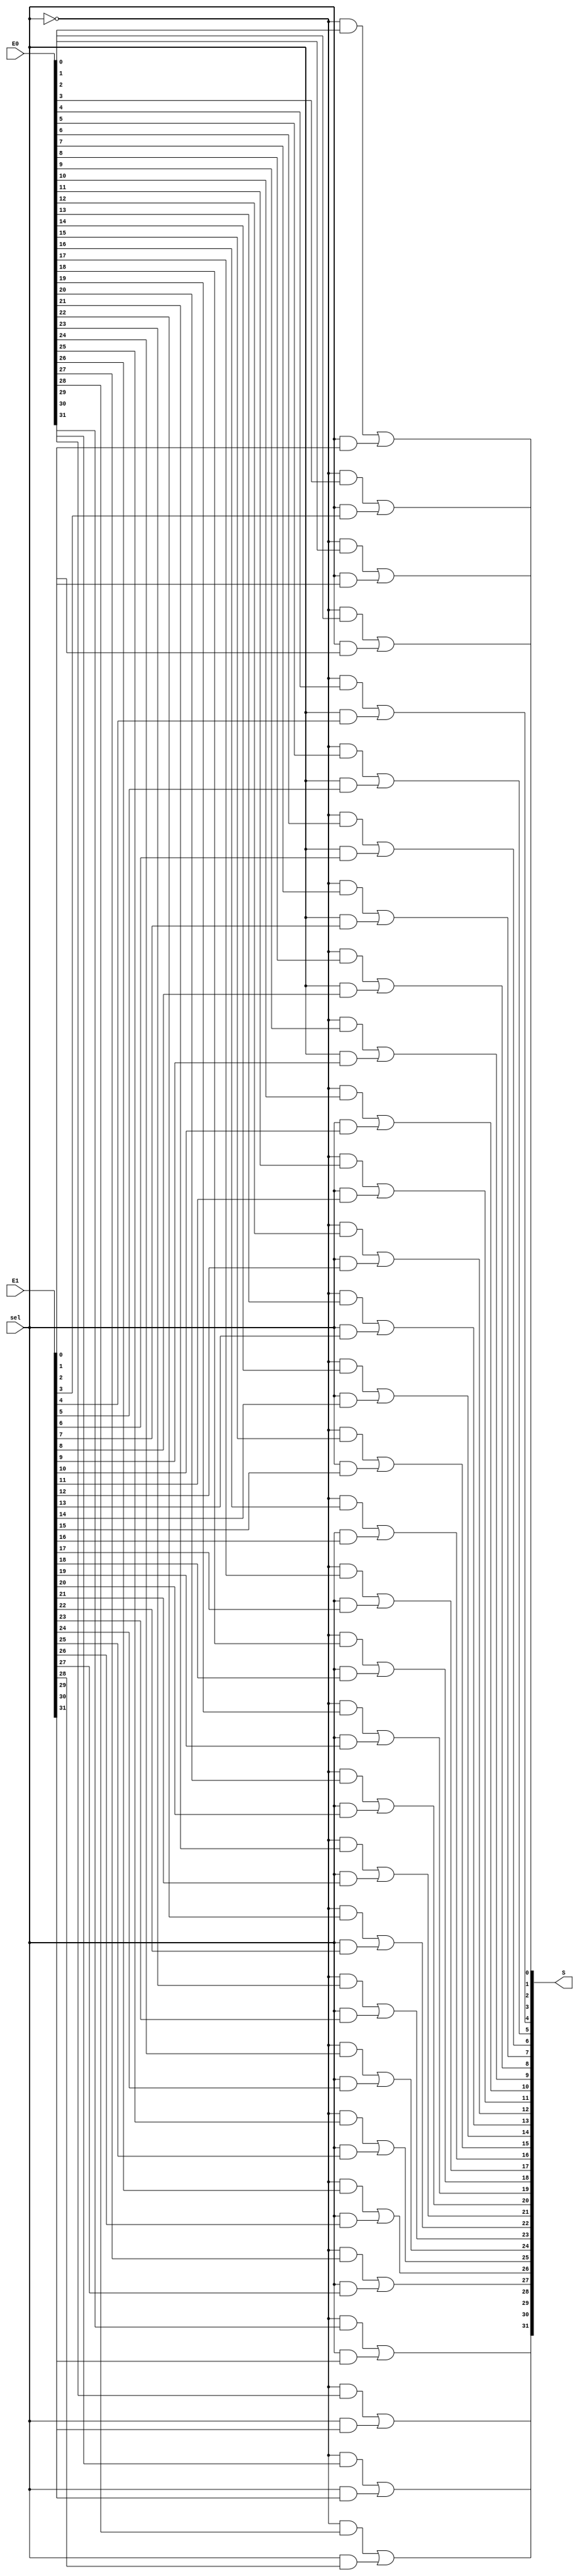
module muxAluSrcA (sel, S, E0, E1);


input [0:0]sel;
input [31:0]E0;
input [31:0]E1;
output [31:0]S;


assign S[0] = (((~sel[0] ) & E0[0]) | ((sel[0] ) & E1[0]));
assign S[1] = (((~sel[0] ) & E0[1]) | ((sel[0] ) & E1[1]));
assign S[2] = (((~sel[0] ) & E0[2]) | ((sel[0] ) & E1[2]));
assign S[3] = (((~sel[0] ) & E0[3]) | ((sel[0] ) & E1[3]));
assign S[4] = (((~sel[0] ) & E0[4]) | ((sel[0] ) & E1[4]));
assign S[5] = (((~sel[0] ) & E0[5]) | ((sel[0] ) & E1[5]));
assign S[6] = (((~sel[0] ) & E0[6]) | ((sel[0] ) & E1[6]));
assign S[7] = (((~sel[0] ) & E0[7]) | ((sel[0] ) & E1[7]));
assign S[8] = (((~sel[0] ) & E0[8]) | ((sel[0] ) & E1[8]));
assign S[9] = (((~sel[0] ) & E0[9]) | ((sel[0] ) & E1[9]));
assign S[10] = (((~sel[0] ) & E0[10]) | ((sel[0] ) & E1[10]));
assign S[11] = (((~sel[0] ) & E0[11]) | ((sel[0] ) & E1[11]));
assign S[12] = (((~sel[0] ) & E0[12]) | ((sel[0] ) & E1[12]));
assign S[13] = (((~sel[0] ) & E0[13]) | ((sel[0] ) & E1[13]));
assign S[14] = (((~sel[0] ) & E0[14]) | ((sel[0] ) & E1[14]));
assign S[15] = (((~sel[0] ) & E0[15]) | ((sel[0] ) & E1[15]));
assign S[16] = (((~sel[0] ) & E0[16]) | ((sel[0] ) & E1[16]));
assign S[17] = (((~sel[0] ) & E0[17]) | ((sel[0] ) & E1[17]));
assign S[18] = (((~sel[0] ) & E0[18]) | ((sel[0] ) & E1[18]));
assign S[19] = (((~sel[0] ) & E0[19]) | ((sel[0] ) & E1[19]));
assign S[20] = (((~sel[0] ) & E0[20]) | ((sel[0] ) & E1[20]));
assign S[21] = (((~sel[0] ) & E0[21]) | ((sel[0] ) & E1[21]));
assign S[22] = (((~sel[0] ) & E0[22]) | ((sel[0] ) & E1[22]));
assign S[23] = (((~sel[0] ) & E0[23]) | ((sel[0] ) & E1[23]));
assign S[24] = (((~sel[0] ) & E0[24]) | ((sel[0] ) & E1[24]));
assign S[25] = (((~sel[0] ) & E0[25]) | ((sel[0] ) & E1[25]));
assign S[26] = (((~sel[0] ) & E0[26]) | ((sel[0] ) & E1[26]));
assign S[27] = (((~sel[0] ) & E0[27]) | ((sel[0] ) & E1[27]));
assign S[28] = (((~sel[0] ) & E0[28]) | ((sel[0] ) & E1[28]));
assign S[29] = (((~sel[0] ) & E0[29]) | ((sel[0] ) & E1[29]));
assign S[30] = (((~sel[0] ) & E0[30]) | ((sel[0] ) & E1[30]));
assign S[31] = (((~sel[0] ) & E0[31]) | ((sel[0] ) & E1[31]));


endmodule